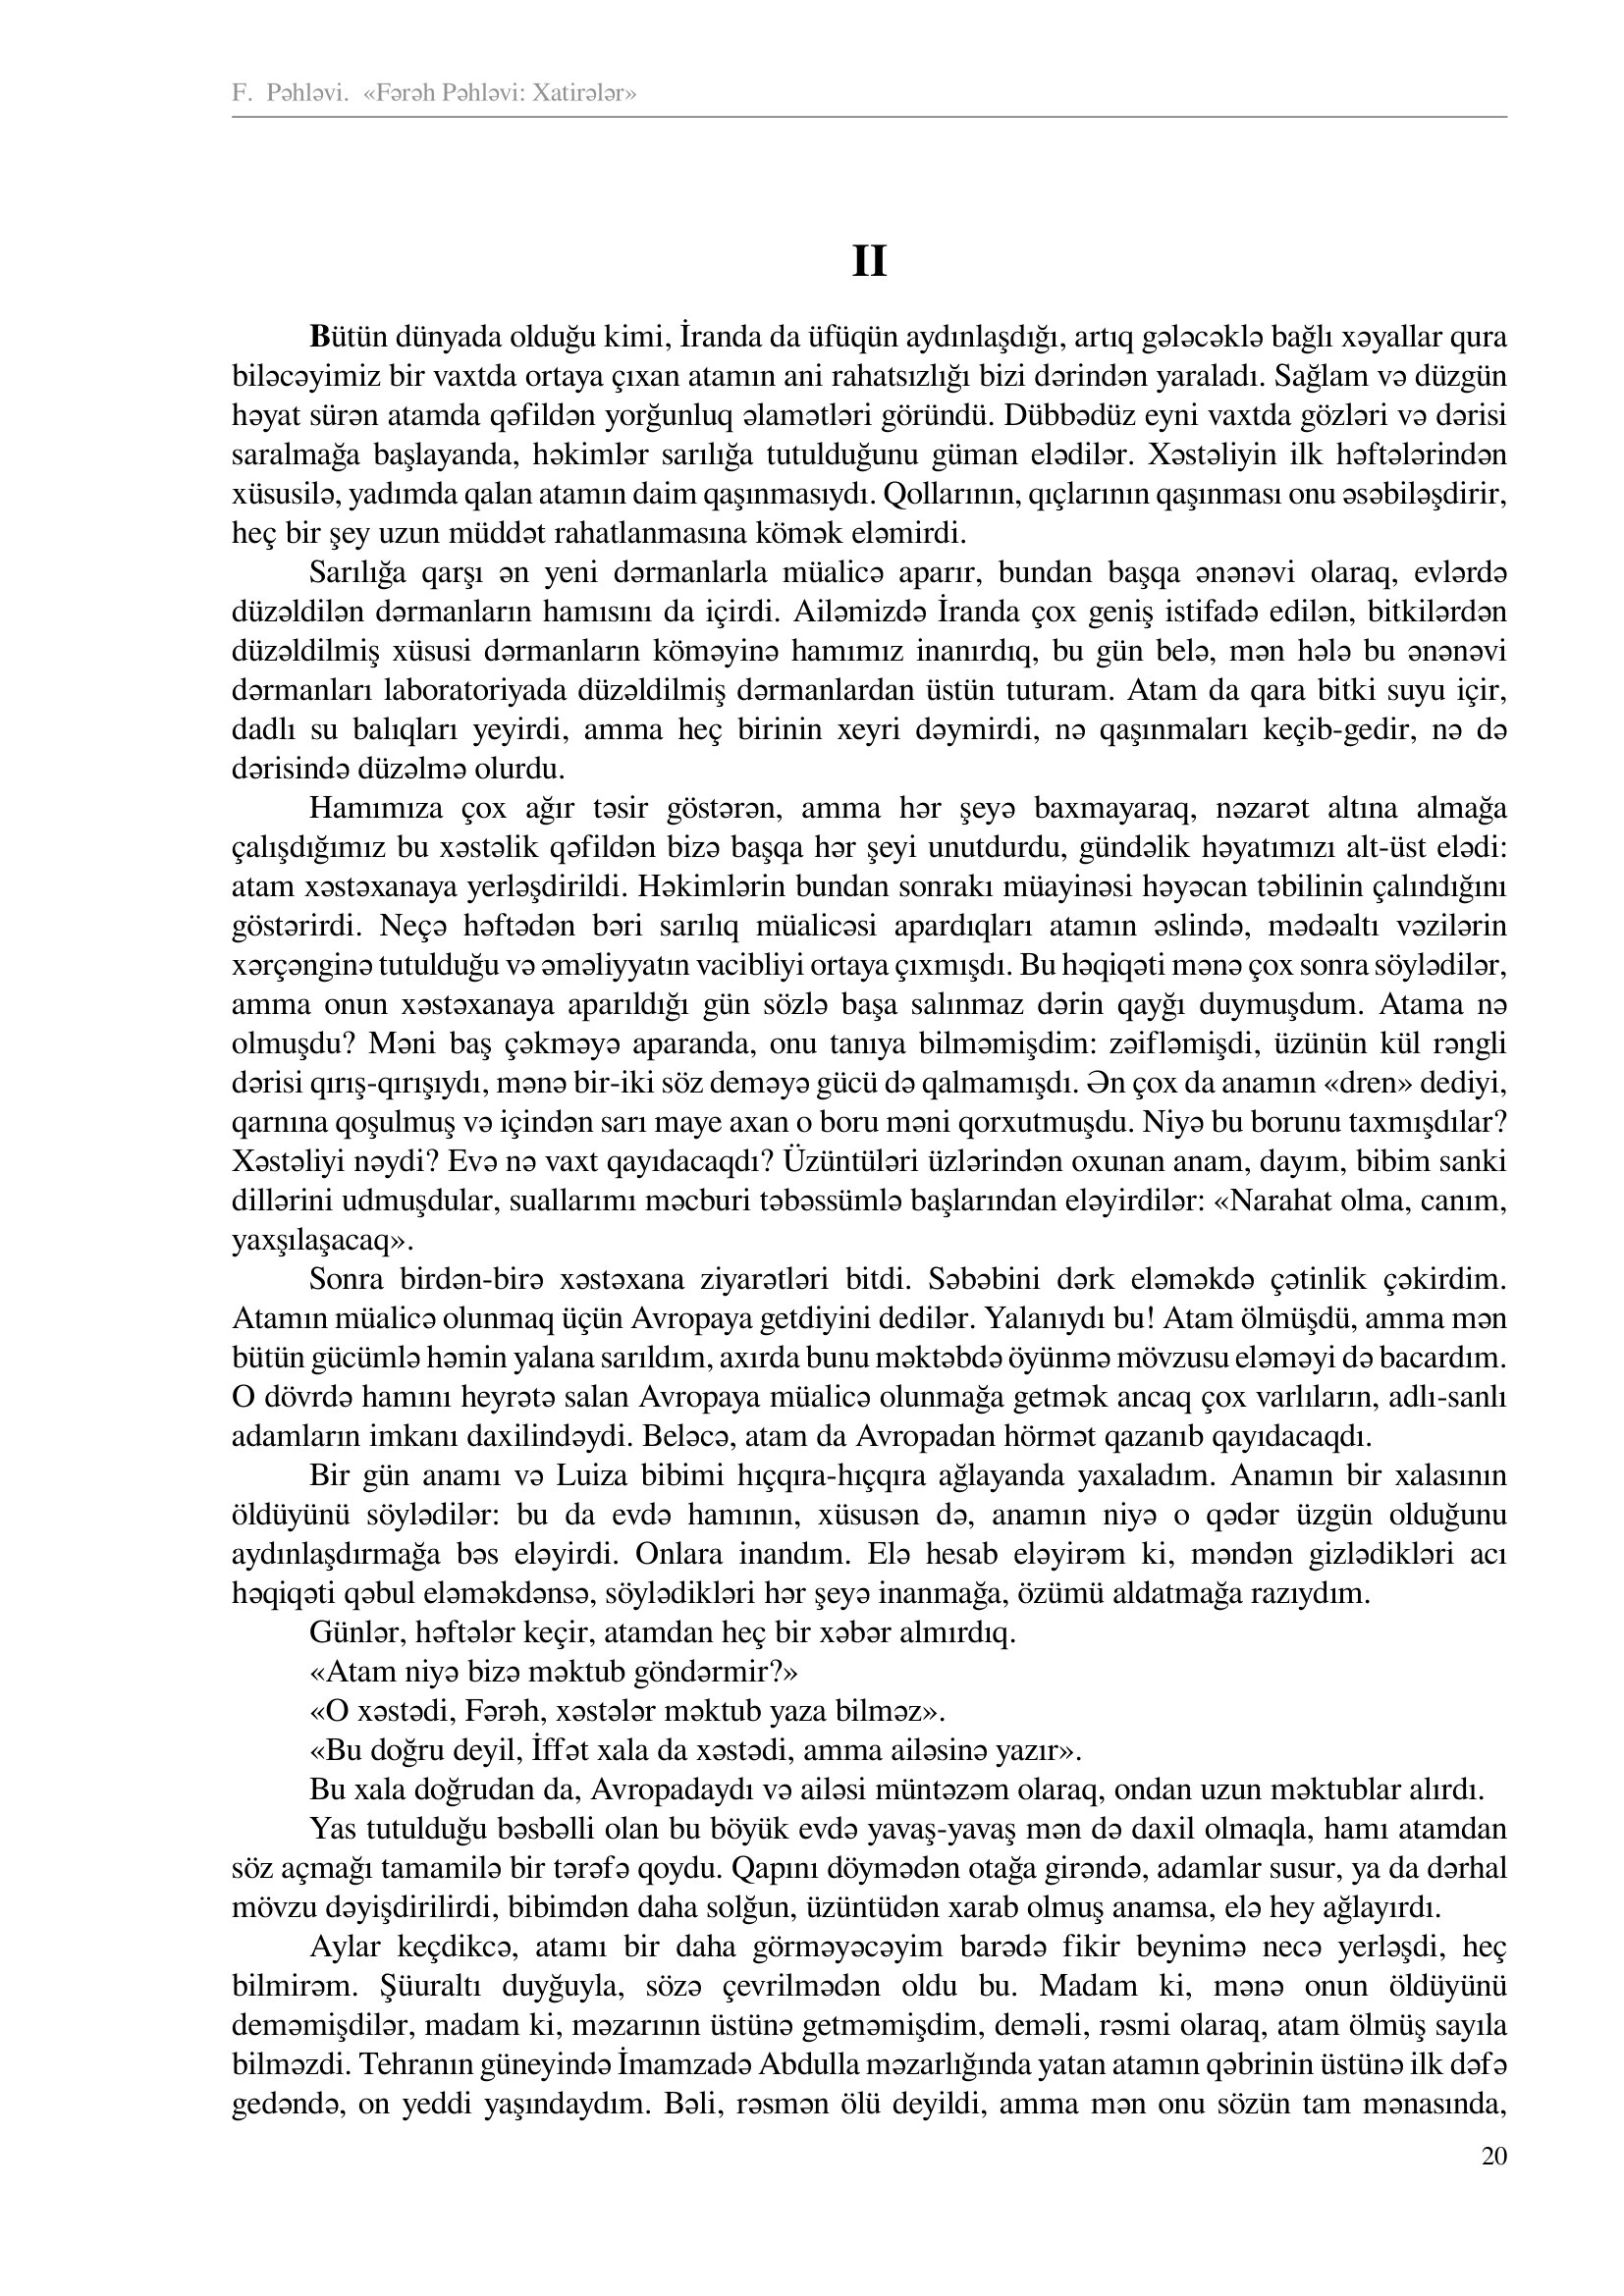
Language: az